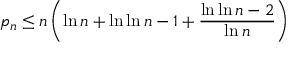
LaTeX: p _ { n } \leq n \left( \ln n + \ln \ln n - 1 + { \frac { \ln \ln n - 2 } { \ln n } } \right)